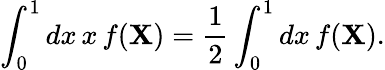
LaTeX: \int_{0}^{1}dx\, x\, f(\mathbf{X})=\frac{{1}}{{2}}\int_{0}^{1}dx\, f(\mathbf{X}).